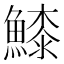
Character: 𩺲